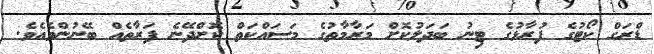
ޑްރަގް ކޯޓުގެ ފުރާޅުގެ ޓިނު ބަދަލުކޮށް މަރާމާތުގެ މަސައްކަތް ކޮށްދޭނެ ފަރާތެއް ބޭނުންވެއެވެ.